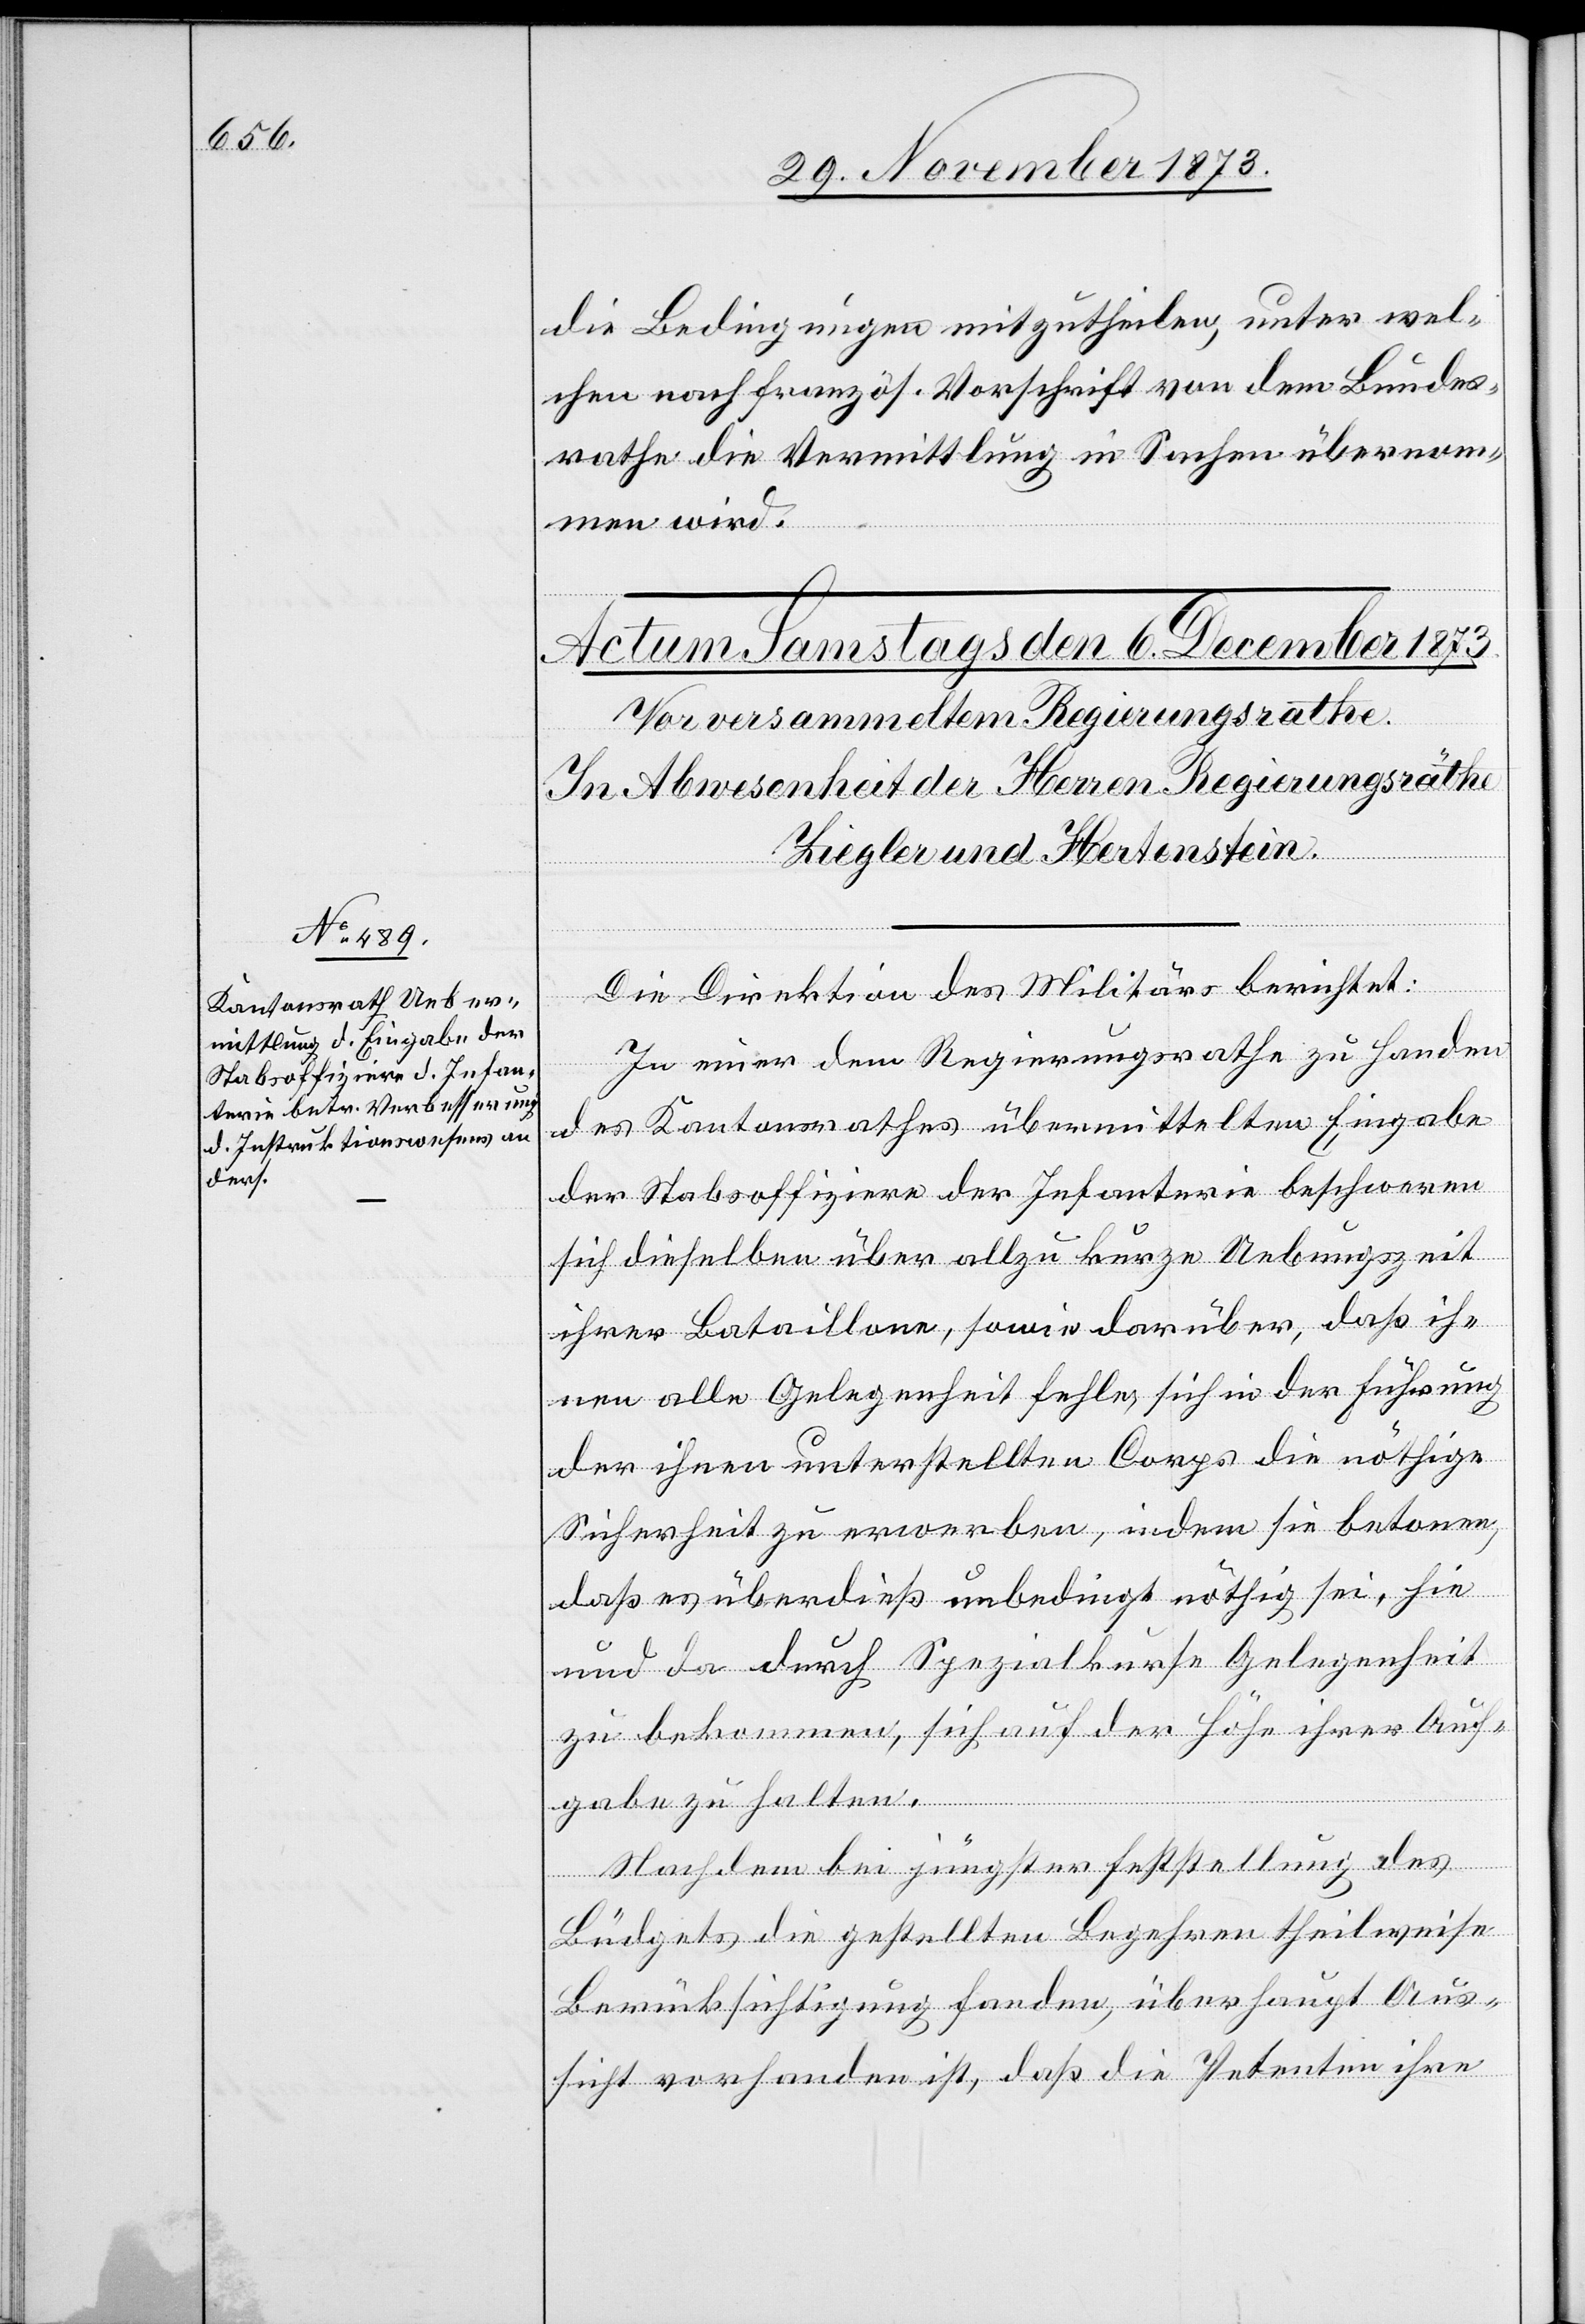
die Bedingungen mitzutheilen, unter wel¬
chen nach französ. Vorschrift von dem Bundes¬
rathe die Vermittlung in Sachen übernom¬
men wird.
Die Direktion des Militärs berichtet:
In einer dem Regierungsrathe zu Handen
des Kantonsrathes übermittelten Eingabe
der Stabsoffiziere der Infanterie beschweren
sich dieselben über allzu kurze Uebungszeit
ihrer Bataillone, sowie darüber, daß ih¬
nen alle Gelegenheit fehle, sich in der Führung
der ihnen unterstellten Corps die nöthige
Sicherheit zu erwerben, indem sie betonen,
daß es überdieß unbedingt nöthig sei, hie
und da durch Spezialkurse Gelegenheit
zu bekommen, sich auf der Höhe ihrer Auf¬
gabe zu halten.
Nachdem bei jüngster Feststellung des
Büdgets die gestellten Begehren theilweise
Berücksichtigung fanden, überhaupt Aus¬
sicht vorhanden ist, daß die Petenten ihre